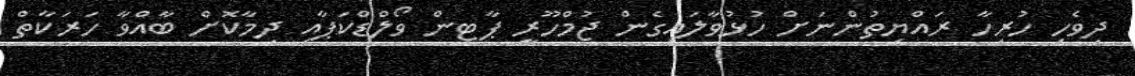
ދިވެހި ހުރިހާ ރައްޔިތުންނަށް ހުޅުވާލައިގެން ޖުމްހޫރީ ޕާޓީން ވޯލްޑްކަޕާއި ދިމާކޮށް ބާއްވާ ހަރަކާތް